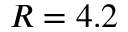
R = 4 . 2